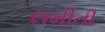
સમીતી